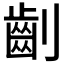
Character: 𠠚